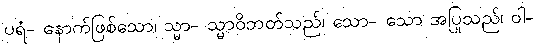
ပရံ- နောက်ဖြစ်သော၊ သ္မာ- သ္မာဝိဘတ်သည်၊ သော- သော အပြုသည်၊ ဝါ-